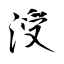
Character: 涭